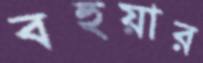
বহুয়ার